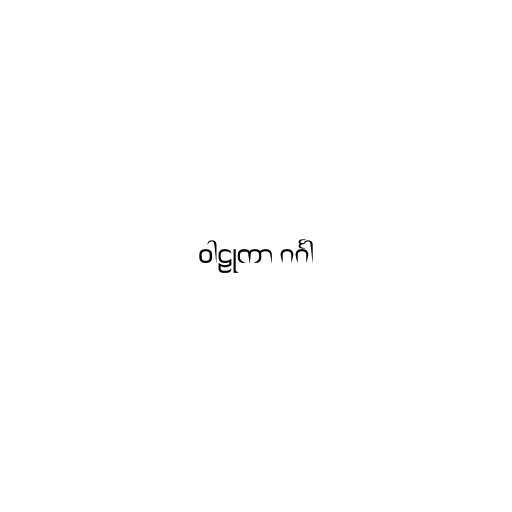
ဝါဠုကာ ဂင်္ဂါ